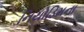
નિયોડિમના